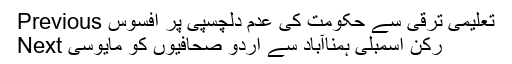
Previous تعلیمی ترقی سے حکومت کی عدم دلچسپی پر افسوس
Next رکن اسمبلی ہمناآباد سے اُردو صحافیوں کو مایوسی